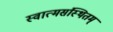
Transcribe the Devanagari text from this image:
स्वात्मसंस्थितम्